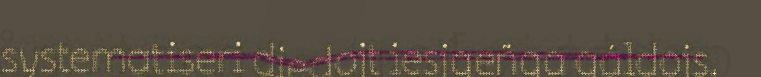
systematiseri diedojt iesjgeñga gáldojs.